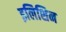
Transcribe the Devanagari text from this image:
इलिशिन